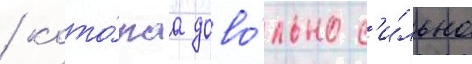
/ кото́раа дово́льно с'и́льно